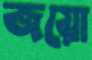
জয়ো